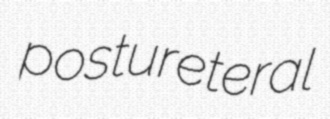
postureteral